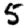
Digit: 5